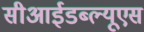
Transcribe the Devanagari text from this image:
सीआईडब्‍ल्‍यूएस